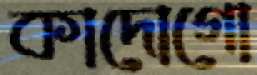
কাদোগো